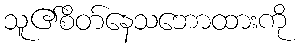
သူ၏စိတ်နေသဘောထားကို